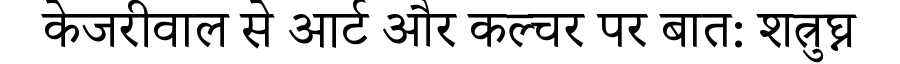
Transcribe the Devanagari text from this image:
केजरीवाल से आर्ट और कल्चर पर बात: शत्रुघ्न